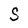
Character: S